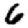
Digit: 6